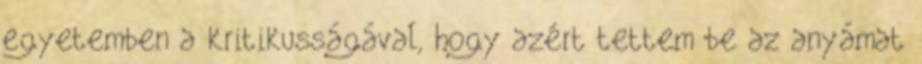
egyetemben a kritikusságával, hogy azért tettem be az anyámat